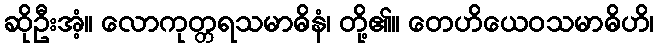
ဆိုဦးအံ့။ လောကုတ္တရသမာဓိနံ၊ တို့၏။ တေဟိယေဝသမာဓိဟိ၊